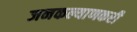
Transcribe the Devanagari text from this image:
जनकल्याणकरी